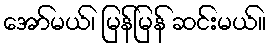
အော်မယ်၊ မြန်မြန် ဆင်းမယ်။